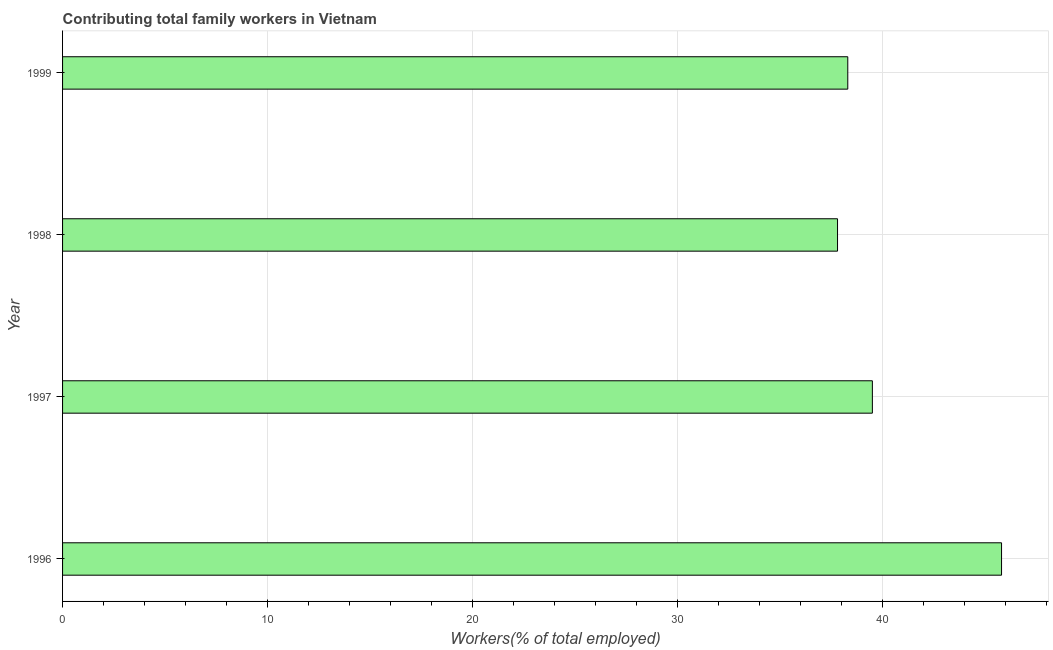
| Year | Contributing family workers |
 | --- | --- |
 | 1996 | 45.8 |
 | 1997 | 39.5 |
 | 1998 | 37.8 |
 | 1999 | 38.3 |